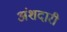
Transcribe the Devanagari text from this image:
अंशदारी